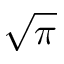
\sqrt { \pi }